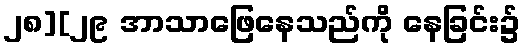
၂၈][၂၉ အာသာဖြေနေသည်ကို နေခြင်း၌